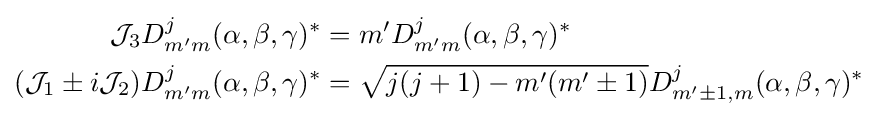
{\begin{aligned}{\mathcal {J}}_{3}D_{m'm}^{j}(\alpha ,\beta ,\gamma )^{*}&=m'D_{m'm}^{j}(\alpha ,\beta ,\gamma )^{*}\\({\mathcal {J}}_{1}\pm i{\mathcal {J}}_{2})D_{m'm}^{j}(\alpha ,\beta ,\gamma )^{*}&={\sqrt {j(j+1)-m'(m'\pm 1)}}D_{m'\pm 1,m}^{j}(\alpha ,\beta ,\gamma )^{*}\end{aligned}}